Annual report on the working of the lock hospitals in the Central Provinces
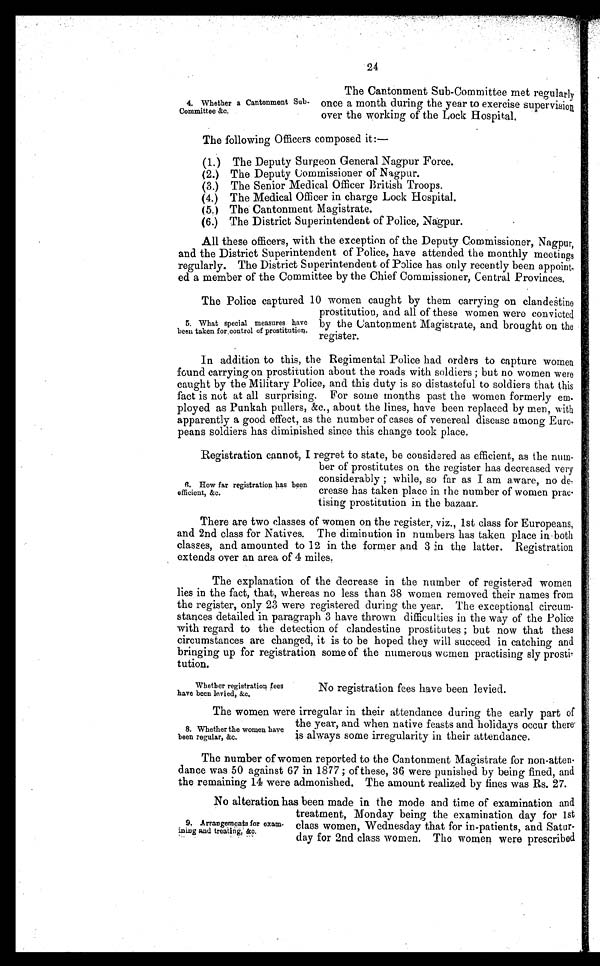
24
4. Whether a Cantonment Sub-
Committee &c.
The Cantonment Sub-Committee met regularly
once a month during the year to exercise supervision
over the working of the Lock Hospital,
The following Officers composed it:--
(1.) The Deputy Surgeon General Nagpur Force.
(2.) The Deputy Commissioner of Nagpur.
(3.) The Senior Medical Officer British Troops.
(4.) The Medical Officer in charge Lock Hospital.
(5.) The Cantonment Magistrate.
(6.) The District Superintendent of Police, Nagpur.
All these officers, with the exception of the Deputy Commissioner, Nagpur,
and the District Superintendent of Police, have attended the monthly meetings
regularly. The District Superintendent of Police has only recently been appoint-
ed a member of the Committee by the Chief Commissioner, Central Provinces.
8. How far registration has been
efficient, &c.
The Police captured 10 women caught by them carrying on clandestine
prostitution, and all of these women were convicted
by the Cantonment Magistrate, and brought on the
register.
5. What special measures have
been taken for,control of prostitution.
In addition to this, the Regimental Police had orders to capture women
found carrying on prostitution about the roads with soldiers ; but no women were
caught by the Military Police, and this duty is so distasteful to soldiers that this
fact is not at all surprising. For some months past the women formerly em
ployed as Punkah pullers, &c., about the lines, have been replaced by men, with
apparently a good effect, as the number of cases of venereal disease among Euro-
peans soldiers has diminished since this change took place.
Registration cannot, I regret to state, be considered as efficient, as the num-
ber of prostitutes on the register has decreased very
considerably ; while, so far as I am aware, no de-
crease has taken place in the number of women prao-
tising prostitution in the bazaar.
There are two classes of women on the register, viz., 1st class for Europeans,
and 2nd class for Natives. The diminution in numbers has taken place in-both
classes, and amounted to 12 in the former and 3 in the latter. Registration
extends over an area of 4 miles,
The explanation of the decrease in the number of registered women
lies in the fact, that, whereas no less than 38 women removed their names from
the register, only 23 were registered during the year. The exceptional circum-
stances detailed in paragraph 3 have thrown difficulties in the way of the Police
with regard to the detection of clandestine prostitutes ; but now that these
circumstances are changed, it is to be hoped they will succeed in catching and
bringing up for registration some of the numerous women practising sly prosti-
tution.
Whether registration fees
have been levied, &c.
No registration fees have been levied.
The women were irregular in their attendance during the early part of
the year, and when native feasts and holidays occur there'
i.s always some irregularity in their attendance.
8. Whether the women have
been regular, &c.
The number of women reported to the Cantonment Magistrate for non-atten.
dance was 50 against 67 in 1877; of these, 36 were punished by being fined, and
the remaining 14 were admonished. The amount realized by fines was Rs. 27.
No alteration has been made in the mode and time of examination and
treatment, Monday being the examination day for 1st
clans women, Wednesday that for in-patients, and Satur-
day for 2nd class women. The women were prescribed
9. Arrangements for exam-
ining and treating, IC.